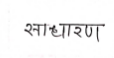
मजकूर: साधारण